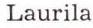
Laurila